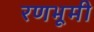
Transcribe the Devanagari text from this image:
रणभूमी